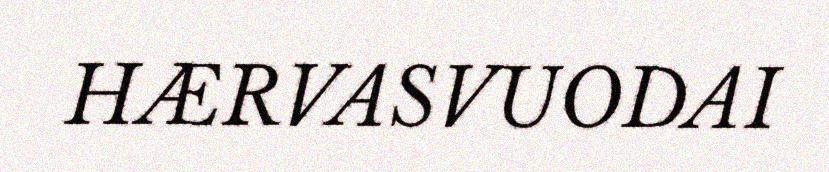
HÆRVASVUODAI